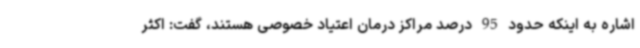
اشاره به اینکه حدود 95 درصد مراکز درمان اعتیاد خصوصی هستند، گفت: اکثر